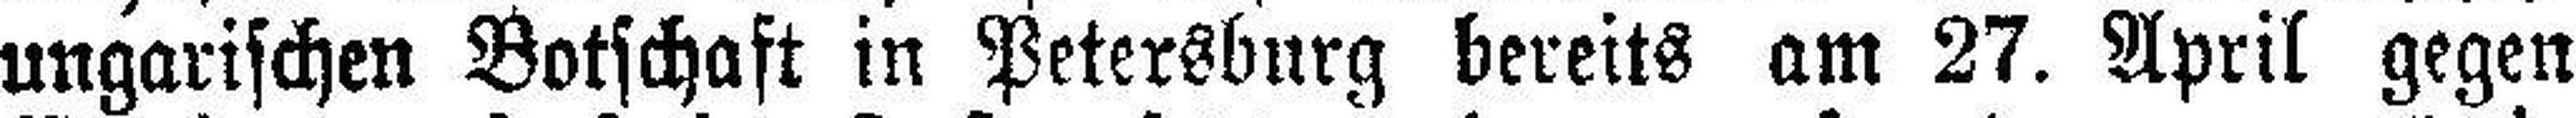
ungarischen Botschaft in Petersburg bereits am 27. April gegen